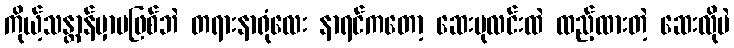
ကိုယ့်သန္တာန်မှာမဖြစ်ဘဲ တရားနာရုံလေး နာရင်ကတော့ ဆေးပုလင်းထဲ ထည့်ထားတဲ့ ဆေးလိုပဲ